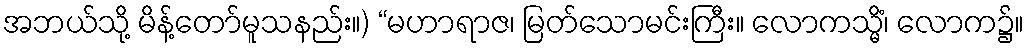
အဘယ်သို့ မိန့်တော်မူသနည်း။) “မဟာရာဇ၊ မြတ်သောမင်းကြီး။ လောကသ္မိံ၊ လောက၌။